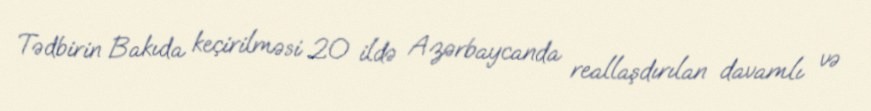
Tədbirin Bakıda keçirilməsi 20 ildə Azərbaycanda reallaşdırılan davamlı və